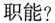
职能?